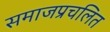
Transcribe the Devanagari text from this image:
समाजप्रचलित